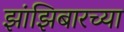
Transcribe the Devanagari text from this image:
झांझिबारच्या